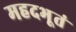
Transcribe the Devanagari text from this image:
महदभूतं